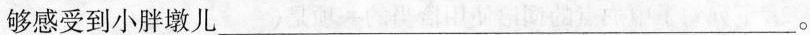
够感受到小胖墩儿___。